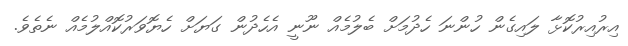
އިރުއިރުކޮޅާ ލައިގެން ހުންނަ ހެދުމަށް ބެލުމެއް ނޫނީ އެހެދުން ގަޔަށް ހެޔޮވަރުކޮއްލުމެއް ނެތެވެ.